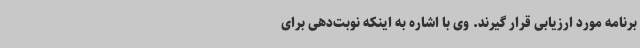
برنامه مورد ارزیابی قرار گیرند. وی با اشاره به اینکه نوبت‌دهی برای